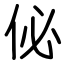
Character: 佖